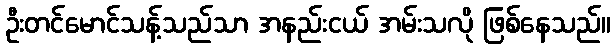
ဦးတင်မောင်သန့်သည်သာ အနည်းငယ် အမ်းသလို ဖြစ်နေသည်။